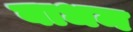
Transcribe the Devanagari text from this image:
बाधम